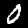
Digit: 0